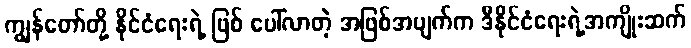
ကျွန်တော်တို့ နိုင်ငံရေးရဲ့ ဖြစ် ပေါ်လာတဲ့ အဖြစ်အပျက်က ဒီနိုင်ငံရေးရဲ့အကျိုးဆက်